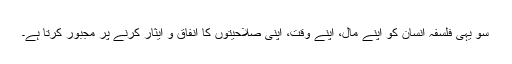
سو یہی فلسفہ انسان کو اپنے مال، اپنے وقت، اپنی صلاحیتوں کا انفاق و ایثار کرنے پر مجبور کرتا ہے۔